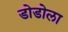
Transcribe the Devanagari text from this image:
डोडोला